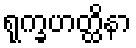
ရုက္ခဟတ္ထိနာ